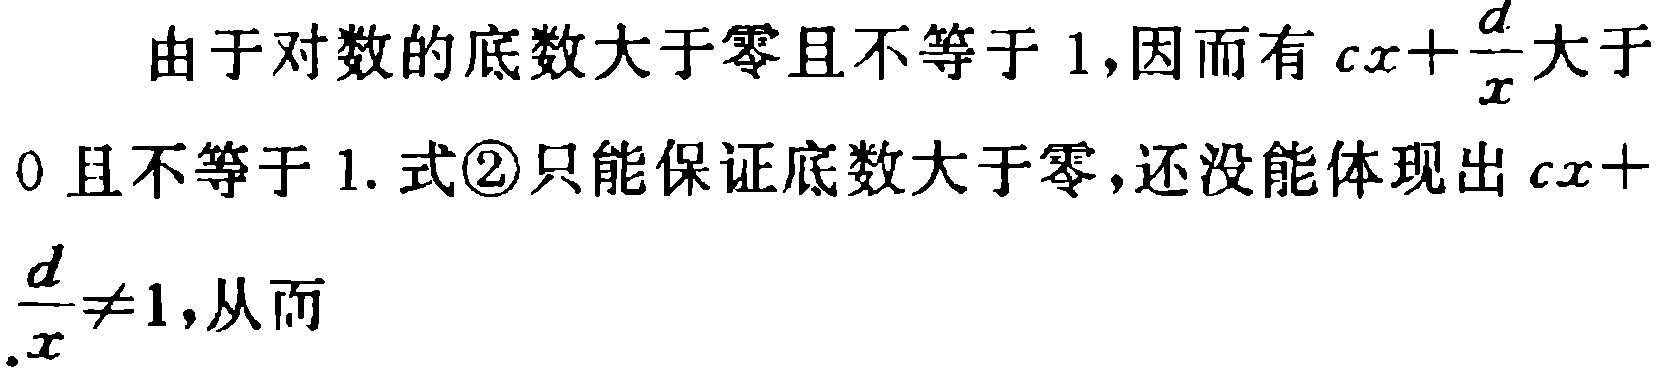
由于对数的底数大于零且不等于 1,因而有 \(cx+\frac{d}{x}\) 大于

0 且不等于 1. 式\textcircled{2}只能保证底数大于零,还没能体现出 \(cx+\)

\(\frac{d}{x}\neq1\),从而